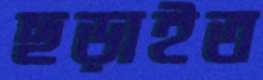
ছড়াইত